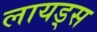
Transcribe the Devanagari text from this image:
लायड्स